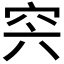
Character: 𥥀